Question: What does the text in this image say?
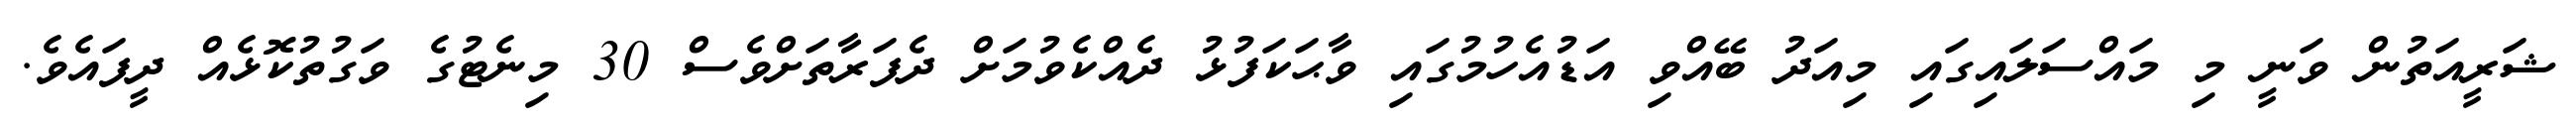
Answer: ޝަރީއަތުން ވަނީ މި މައްސަލައިގައި މިއަދު ބޭއްވި އަޑުއެހުމުގައި ވާޙަކަފުޅު ދެއްކެވުމަށް ދެފަރާތަށްވެސް 30 މިނެޓުގެ ވަގުތުކޮޅެއް ދީފައެވެ.